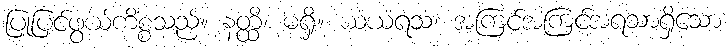
ပြုပြင်ဖွယ်ကိစ္စသည်။ နတ္ထိ၊ မရှိ။ ယံယံရသံ၊ အကြင်အကြင်အရသာရှိသော